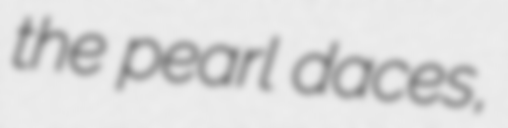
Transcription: the pearl daces,